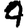
Digit: 4